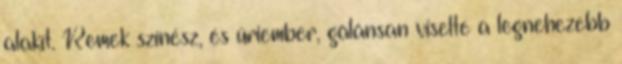
alakít. Remek színész, és úriember, gálánsan viselte a legnehezebb